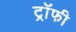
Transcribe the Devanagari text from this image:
ट्राॅफी